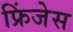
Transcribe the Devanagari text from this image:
फ्रिंजेस